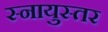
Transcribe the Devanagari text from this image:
स्नायुस्तर